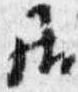
居